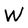
Character: W